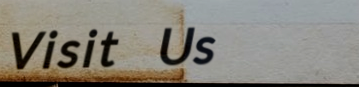
Visit Us